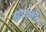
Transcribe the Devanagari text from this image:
स्नोवर्ल्ड